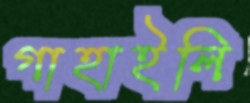
গাহাইলি